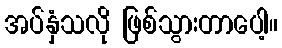
အပ်နှံသလို ဖြစ်သွားတာပေါ့။